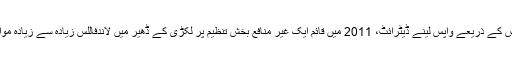
کورٹ نووآرا، مالک اور آپریٹر ووڈ گٹار کمپنی جس سے تجاوز ہے ڈیٹرائٹ، کاومبس کے ذریعے واپس لینے ڈیٹرائٹ، 2011 میں قائم ایک غیر منافع بخش تنظیم پر لکڑی کے ڈھیر میں لاندفاللس زیادہ سے زیادہ مواد ڈیٹرائٹ کے 78,000 خالی ڈھانچے سے ممکنہ حد تک کے طور پر لیا جاتا ہے ۔